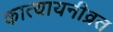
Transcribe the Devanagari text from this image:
कात्यायनीव्रत